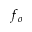
f _ { o }